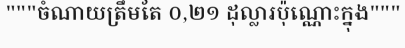
"""ចំណាយត្រឹមតែ ០,២១ ដុល្លារប៉ុណ្ណោះក្នុង"""